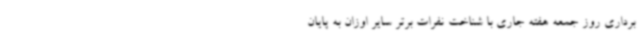
برداری روز جمعه هفته جاری با شناخت نفرات برتر سایر اوزان به پایان